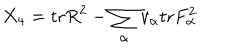
LaTeX: X _ { 4 } = \mathrm { t r } R ^ { 2 } - \sum _ { \alpha } v _ { \alpha } \mathrm { t r } F _ { \alpha } ^ { 2 }